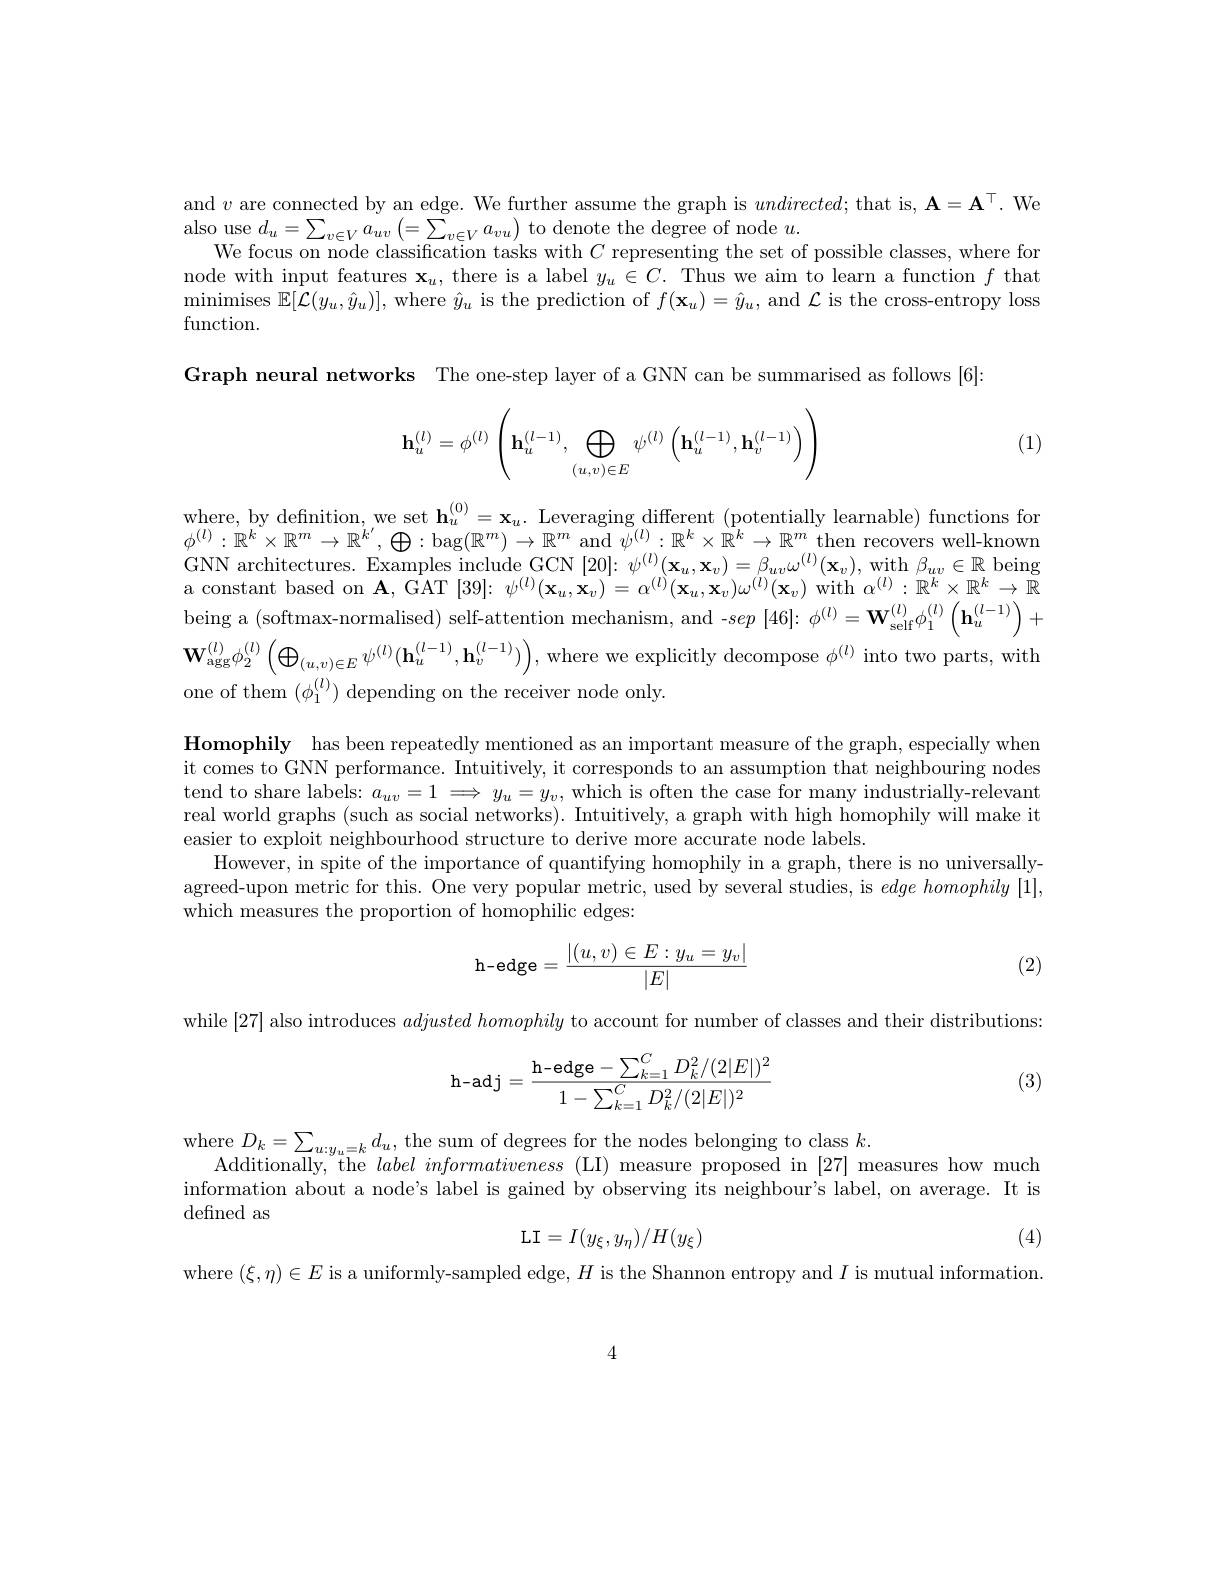
and $v$ are connected by an edge. We further assume the graph is $undirected;$ that is, $\mathbf{A}=\mathbf{A}^\top.$ We

$\begin{array}{c}{\mathrm{also~use~}d_{u}=\sum_{v\in V}a_{uv}\left(=\sum_{v\in V}a_{vu}\right)\text{to denote the degree of node }u.}\\{\mathrm{also~use~}d_{u}=\sum_{v\in V}a_{uv}\left(=\sum_{v\in V}a_{vu}\right)\text{to denote the degree of node }u.}\\{\mathrm{also~use~d}_{u}=\sum_{v\in V}a_{uv}\left(=\sum_{v\in V}a_{vu}\right)\text{to denote the degree of node }u}\end{array}$
We focus on node classification tasks with $C$ representing the set of possible classes, where for node with input features $\mathbf{x}_u$, there is a label $y_u\in C.$ Thus we aim to learn a function $f$ thathis pres $\mathbf{x}_u$, there is a label $y_u\in C.$ Thus we aim to learn a function $f$ that $\operatorname*{minimises}\mathbb{E}[\mathcal{L}(y_u,\hat{y}_u)]$, where $\hat{y}_u$ is the prediction of $f(\mathbf{x}_u)=\hat{y}_u$, and $\mathcal{L}$ is the cross-entropy loss function.
Graph neural networks The one-step layer of a GNN can be summarised as follows [6]

(1)
$$\mathbf{h}_u^{(l)}=\phi^{(l)}\left(\mathbf{h}_u^{(l-1)},\bigoplus_{(u,v)\in E}\psi^{(l)}\left(\mathbf{h}_u^{(l-1)},\mathbf{h}_v^{(l-1)}\right)\right)$$
$\begin{array}{c}\mathrm{where,~by~definition,~we~set~h}_u^{(0)}=\mathbf{x}_u.~\mathrm{Leveraging~different~(potentially~learnable)~functions~for}\\\mathrm{where,~by~definition,~we~set~h}_u^{(0)}=\mathbf{x}_u.\:\mathrm{Leveraging~different~(potentially~learnable)~functions~for}\\\mathrm{where,~by~definition,~we~set~h}\end{array}$ $\phi^{(l)}:\mathbb{R}^{k}\times\mathbb{R}^{m}\to\mathbb{R}^{k^{\prime}},\bigoplus:\operatorname{bag}(\mathbb{R}^{m})\to\mathbb{R}^{m}$ and $\psi^(l):\mathbb{R}^k\times\mathbb{R}^k\to\mathbb{R}^{m}$ then recovers well-known GNN architectures. Examples include GCN $[20]:\psi^{(l)}(\mathbf{x}_{u},\mathbf{x}_{v})=\beta_{uv}\omega^{(l)}(\mathbf{x}_{v})$, with $\beta_uv\in\mathbb{R}$ being a constant based on $\mathbf{A}$, GAT [39]: $\psi^{(l)}(\mathbf{x}_{u},\mathbf{x}_{v})=\alpha^{(l)}(\mathbf{x}_{u},\mathbf{x}_{v})\omega^{(l)}(\mathbf{x}_{v})$ with $\alpha^(l):\mathbb{R}^k\times\mathbb{R}^k\to\mathbb{R}$ being a (softmax-normalised) self-attention mechanism, and -sep [46]: $\phi^(l)=\mathbf{W}_{\mathrm{self}}^{(l)}\phi_{1}^{(l)}\left(\mathbf{h}_{u}^{(l-1)}\right)+$ $\mathbf{W}_{\mathrm{agg}}^{(l)}\phi_{2}^{(l)}\left(\bigoplus_{(u,v)\in E}\psi^{(l)}(\mathbf{h}_{u}^{(l-1)},\mathbf{h}_{v}^{(l-1)})\right)$,where we explicitly decompose $\phi^(l)$ into two parts, with one of them $(\phi_{1}^{(l)})$ depending on the receiver node only.

$\textbf{Homophily}$ has been repeatedly mentioned as an important measure of the graph, especially when it comes to GNN performance. Intuitively, it corresponds to an assumption that neighbouring nodes tend to share labels: $a_uv=1\implies y_u=y_v$, which is often the case for many industrially-relevant real world graphs (such as social networks). Intuitively, a graph with high homophily will make it easier to exploit neighbourhood structure to derive more accurate node labels
However, in spite of the importance of quantifying homophily in a graph, there is no universallyagreed-upon metric for this. One very popular metric, used by several studies, is $edge\textit{homophily [ 1] }$, which measures the proportion of homophilic edges:
$$\text{h-edge}=\frac{|(u,v)\in E:y_u=y_v|}{|E|}$$
(2)

while [27] also introduces $adjusted\textit{homophily to account for number of classes and their distributions: }$

(3)
$$\text{h-adj}=\dfrac{\text{h-edge}-\sum_{k=1}^CD_k^2/(2|E|)^2}{1-\sum_{k=1}^CD_k^2/(2|E|)^2}$$
$\begin{array}{c}\mathrm{where~}D_{k}=\sum_{u:y_{u}=k}d_{u},\text{the sum of degrees for the nodes belonging to class }k.\\\mathrm{Additionally,~the~}label~informativeness~(LI)~measure~proposed~in~[27]~measures~how~much~information~about~a~node's~aberving~its~neighbour's~label.~on~average\end{array}$
defined as
$$\mathrm L\mathrm I=I(y_\xi,y_\eta)/H(y_\xi)$$
(4)

where $(\xi,\eta)\in E$ is a uniformly-sampled edge, $H$ is the Shannon entropy and $I$ is mutual information

4